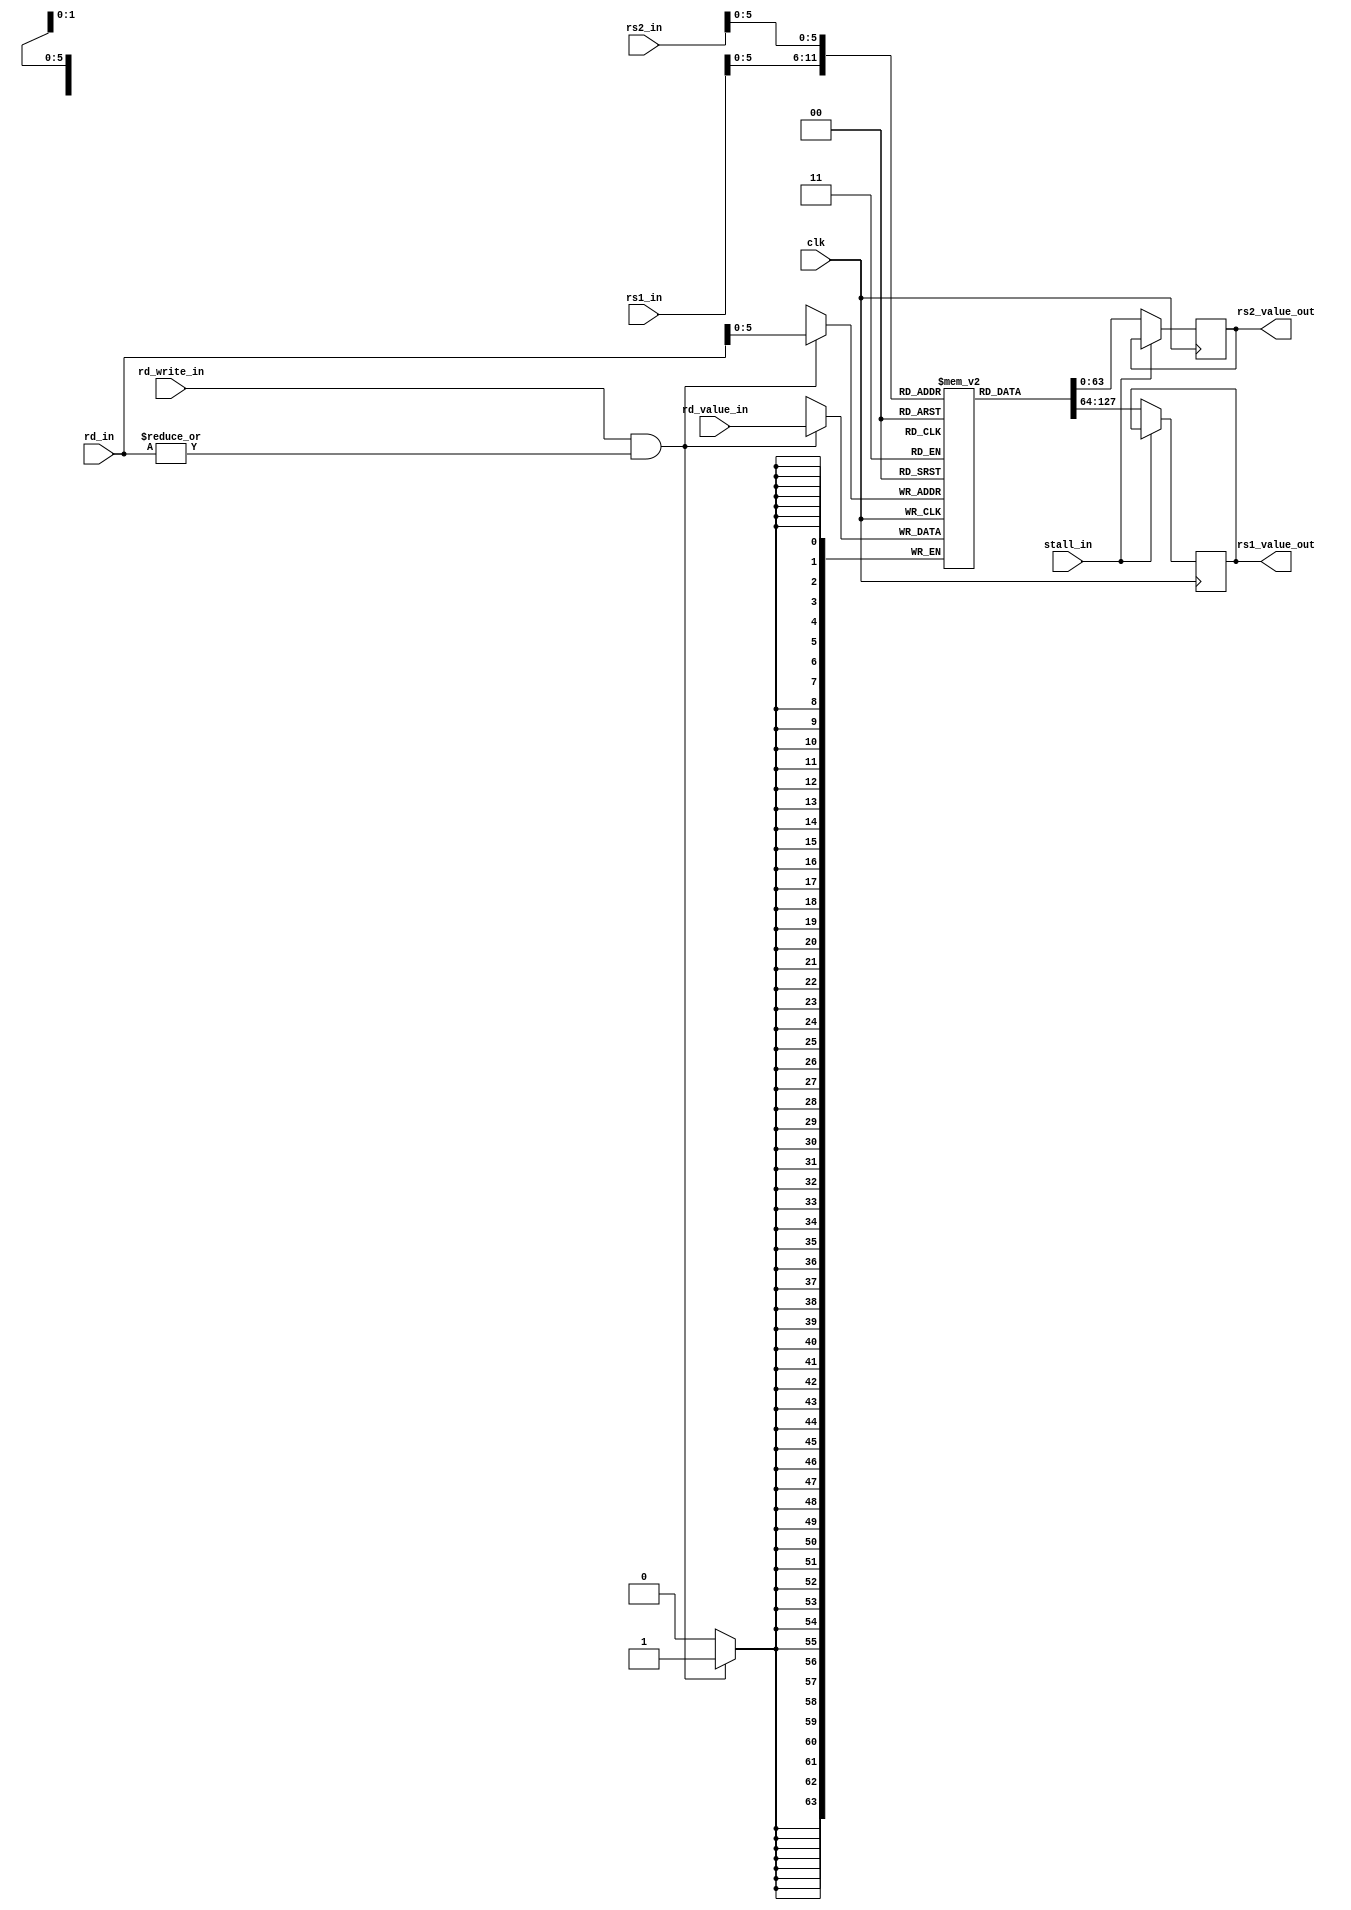
// This program was cloned from: https://github.com/AleksandarKostovic/Riscy-SoC
// License: MIT License

`ifndef REGS
`define REGS

module regs (
    input clk,
    input stall_in,

    input [8:0] rs1_in,
    input [8:0] rs2_in,
    input [8:0] rd_in,
    input rd_write_in,

    input [63:0] rd_value_in,

    output reg [63:0] rs1_value_out,
    output reg [63:0] rs2_value_out
);
    reg [63:0] regs [63:0];

    generate
        genvar i;
        for (i = 0; i < 64; i = i+1) begin
            initial
                regs[i] <= 0;
        end
    endgenerate

    always @(posedge clk) begin
        if (!stall_in) begin
            rs1_value_out <= regs[rs1_in];
            rs2_value_out <= regs[rs2_in];
        end

        if (rd_write_in && |rd_in)
            regs[rd_in] <= rd_value_in;
    end
endmodule

`endif